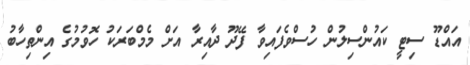
އައްޑޫ ސިޓީ ކައުންސިލުން ހުސްވެފައިވާ ފޭދޫ ދާއިރާ އަށް މެމްބަރަކު ހޮވުމުގެ އިންތިހާބު